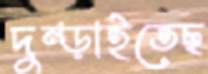
দুম্‌ড়াইতেছ